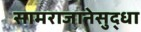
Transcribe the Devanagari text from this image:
सामराजानेसुद्धा